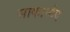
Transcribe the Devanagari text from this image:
साकानौए